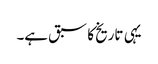
یہی تاریخ کا سبق ہے۔